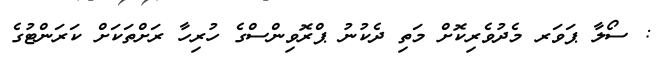
: ސޯލާ ޕަވަރ މެދުވެރިކޮށް މަތި ދެކުނު ޕްރޮވިންސްގެ ހުރިހާ ރަށްތަކަށް ކަރަންޓުގެ